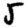
Digit: 5